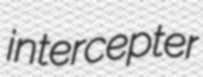
intercepter